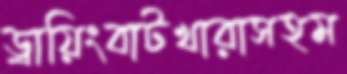
ড্রায়িংবাটখারাসহম